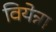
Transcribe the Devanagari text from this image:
वियेन्ना